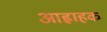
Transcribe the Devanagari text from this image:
आह्वाहक